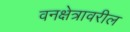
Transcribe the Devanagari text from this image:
वनक्षेत्रावरील